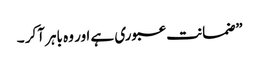
”ضمانت عبوری ہے اور وہ باہر آکر ۔